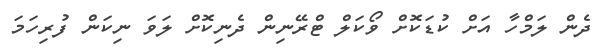
ދެން ލަމްހާ އަށް ކުޑަކޮށް ވޯކަލް ޓްރޭނިން ދެނިކޮށް ލަވަ ނިކަން ފުރިހަމަ